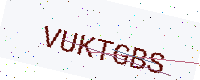
Text: VUKTGBS